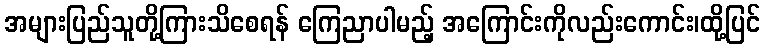
အများပြည်သူတို့ကြားသိစေရန် ကြေညာပါမည့် အကြောင်းကိုလည်းကောင်း၊ထို့ပြင်